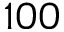
1 0 0